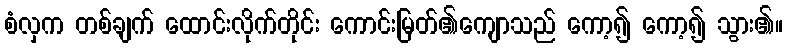
စံလှက တစ်ချက် ထောင်းလိုက်တိုင်း ကောင်းမြတ်၏ကျောသည် ကော့၍ ကော့၍ သွား၏။